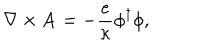
LaTeX: { \bf \nabla } \times { \bf A } = - \frac { e } { \kappa } \phi ^ { \dagger } \phi ,